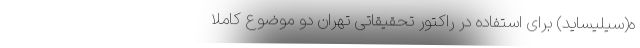
ه(سیلیساید) برای استفاده در راکتور تحقیقاتی تهران دو موضوع کاملا